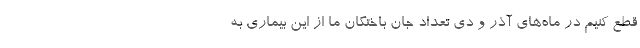
قطع کنیم در ماه‌های آذر و دی تعداد جان باختگان ما از این بیماری به